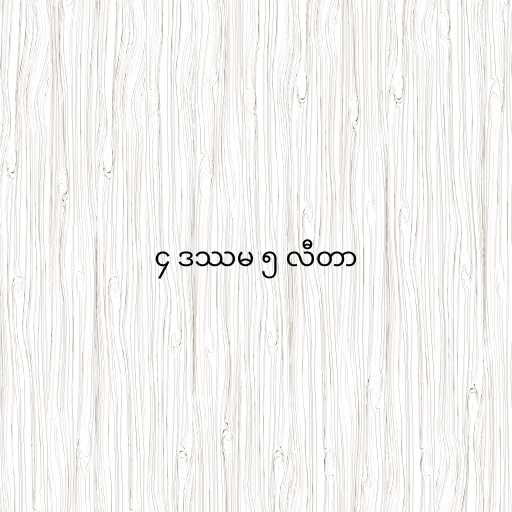
၄ ဒဿမ ၅ လီတာ